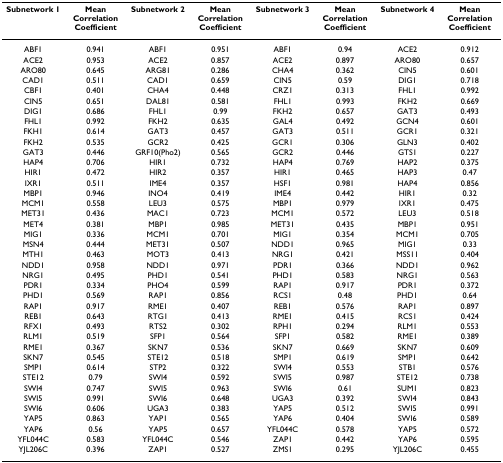
<table><thead><tr><td><b>Subnetwork 1</b></td><td><b>Mean Correlation Coefficient</b></td><td><b>Subnetwork 2</b></td><td><b>Mean Correlation Coefficient</b></td><td><b>Subnetwork 3</b></td><td><b>Mean Correlation Coefficient</b></td><td><b>Subnetwork 4</b></td><td><b>Mean Correlation Coefficient</b></td></tr></thead><tbody><tr><td>ABF1</td><td>0.941</td><td>ABF1</td><td>0.951</td><td>ABF1</td><td>0.94</td><td>ACE2</td><td>0.912</td></tr><tr><td>ACE2</td><td>0.953</td><td>ACE2</td><td>0.857</td><td>ACE2</td><td>0.897</td><td>ARO80</td><td>0.657</td></tr><tr><td>ARO80</td><td>0.645</td><td>ARG81</td><td>0.286</td><td>CHA4</td><td>0.362</td><td>CIN5</td><td>0.601</td></tr><tr><td>CAD1</td><td>0.511</td><td>CAD1</td><td>0.659</td><td>CIN5</td><td>0.59</td><td>DIG1</td><td>0.718</td></tr><tr><td>CBF1</td><td>0.401</td><td>CHA4</td><td>0.448</td><td>CRZ1</td><td>0.313</td><td>FHL1</td><td>0.992</td></tr><tr><td>CIN5</td><td>0.651</td><td>DAL81</td><td>0.581</td><td>FHL1</td><td>0.993</td><td>FKH2</td><td>0.669</td></tr><tr><td>DIG1</td><td>0.686</td><td>FHL1</td><td>0.99</td><td>FKH2</td><td>0.657</td><td>GAT3</td><td>0.493</td></tr><tr><td>FHL1</td><td>0.992</td><td>FKH2</td><td>0.635</td><td>GAL4</td><td>0.492</td><td>GCN4</td><td>0.601</td></tr><tr><td>FKH1</td><td>0.614</td><td>GAT3</td><td>0.457</td><td>GAT3</td><td>0.511</td><td>GCR1</td><td>0.321</td></tr><tr><td>FKH2</td><td>0.535</td><td>GCR2</td><td>0.425</td><td>GCR1</td><td>0.306</td><td>GLN3</td><td>0.402</td></tr><tr><td>GAT3</td><td>0.446</td><td>GRF10(Pho2)</td><td>0.565</td><td>GCR2</td><td>0.446</td><td>GTS1</td><td>0.227</td></tr><tr><td>HAP4</td><td>0.706</td><td>HIR1</td><td>0.732</td><td>HAP4</td><td>0.769</td><td>HAP2</td><td>0.375</td></tr><tr><td>HIR1</td><td>0.472</td><td>HIR2</td><td>0.357</td><td>HIR1</td><td>0.465</td><td>HAP3</td><td>0.47</td></tr><tr><td>IXR1</td><td>0.511</td><td>IME4</td><td>0.357</td><td>HSF1</td><td>0.981</td><td>HAP4</td><td>0.856</td></tr><tr><td>MBP1</td><td>0.946</td><td>INO4</td><td>0.419</td><td>IME4</td><td>0.442</td><td>HIR1</td><td>0.32</td></tr><tr><td>MCM1</td><td>0.558</td><td>LEU3</td><td>0.575</td><td>MBP1</td><td>0.979</td><td>IXR1</td><td>0.475</td></tr><tr><td>MET31</td><td>0.436</td><td>MAC1</td><td>0.723</td><td>MCM1</td><td>0.572</td><td>LEU3</td><td>0.518</td></tr><tr><td>MET4</td><td>0.381</td><td>MBP1</td><td>0.985</td><td>MET31</td><td>0.435</td><td>MBP1</td><td>0.951</td></tr><tr><td>MIG1</td><td>0.336</td><td>MCM1</td><td>0.701</td><td>MIG1</td><td>0.354</td><td>MCM1</td><td>0.705</td></tr><tr><td>MSN4</td><td>0.444</td><td>MET31</td><td>0.507</td><td>NDD1</td><td>0.965</td><td>MIG1</td><td>0.33</td></tr><tr><td>MTH1</td><td>0.463</td><td>MOT3</td><td>0.413</td><td>NRG1</td><td>0.421</td><td>MSS11</td><td>0.404</td></tr><tr><td>NDD1</td><td>0.958</td><td>NDD1</td><td>0.971</td><td>PDR1</td><td>0.366</td><td>NDD1</td><td>0.962</td></tr><tr><td>NRG1</td><td>0.495</td><td>PHD1</td><td>0.541</td><td>PHD1</td><td>0.583</td><td>NRG1</td><td>0.563</td></tr><tr><td>PDR1</td><td>0.334</td><td>PHO4</td><td>0.599</td><td>RAP1</td><td>0.917</td><td>PDR1</td><td>0.372</td></tr><tr><td>PHD1</td><td>0.569</td><td>RAP1</td><td>0.856</td><td>RCS1</td><td>0.48</td><td>PHD1</td><td>0.64</td></tr><tr><td>RAP1</td><td>0.917</td><td>RME1</td><td>0.407</td><td>REB1</td><td>0.576</td><td>RAP1</td><td>0.897</td></tr><tr><td>REB1</td><td>0.643</td><td>RTG1</td><td>0.413</td><td>RME1</td><td>0.415</td><td>RCS1</td><td>0.424</td></tr><tr><td>RFX1</td><td>0.493</td><td>RTS2</td><td>0.302</td><td>RPH1</td><td>0.294</td><td>RLM1</td><td>0.553</td></tr><tr><td>RLM1</td><td>0.519</td><td>SFP1</td><td>0.564</td><td>SFP1</td><td>0.582</td><td>RME1</td><td>0.389</td></tr><tr><td>RME1</td><td>0.367</td><td>SKN7</td><td>0.536</td><td>SKN7</td><td>0.669</td><td>SKN7</td><td>0.609</td></tr><tr><td>SKN7</td><td>0.545</td><td>STE12</td><td>0.518</td><td>SMP1</td><td>0.619</td><td>SMP1</td><td>0.642</td></tr><tr><td>SMP1</td><td>0.614</td><td>STP2</td><td>0.322</td><td>SWI4</td><td>0.553</td><td>STB1</td><td>0.576</td></tr><tr><td>STE12</td><td>0.79</td><td>SWI4</td><td>0.592</td><td>SWI5</td><td>0.987</td><td>STE12</td><td>0.738</td></tr><tr><td>SWI4</td><td>0.747</td><td>SWI5</td><td>0.963</td><td>SWI6</td><td>0.61</td><td>SUM1</td><td>0.823</td></tr><tr><td>SWI5</td><td>0.991</td><td>SWI6</td><td>0.648</td><td>UGA3</td><td>0.392</td><td>SWI4</td><td>0.843</td></tr><tr><td>SWI6</td><td>0.606</td><td>UGA3</td><td>0.383</td><td>YAP5</td><td>0.512</td><td>SWI5</td><td>0.991</td></tr><tr><td>YAP5</td><td>0.863</td><td>YAP1</td><td>0.565</td><td>YAP6</td><td>0.404</td><td>SWI6</td><td>0.589</td></tr><tr><td>YAP6</td><td>0.56</td><td>YAP5</td><td>0.657</td><td>YFL044C</td><td>0.578</td><td>YAP5</td><td>0.572</td></tr><tr><td>YFL044C</td><td>0.583</td><td>YFL044C</td><td>0.546</td><td>ZAP1</td><td>0.442</td><td>YAP6</td><td>0.595</td></tr><tr><td>YJL206C</td><td>0.396</td><td>ZAP1</td><td>0.527</td><td>ZMS1</td><td>0.295</td><td>YJL206C</td><td>0.455</td></tr></tbody></table>